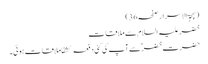
(بہجۃ الاسرار صفحہ36)
خضر علیہ السلام سے ملاقات
حضرت خضرؑ سے آپ کی کئی دفعہ کشفا ملاقات ہوئی۔